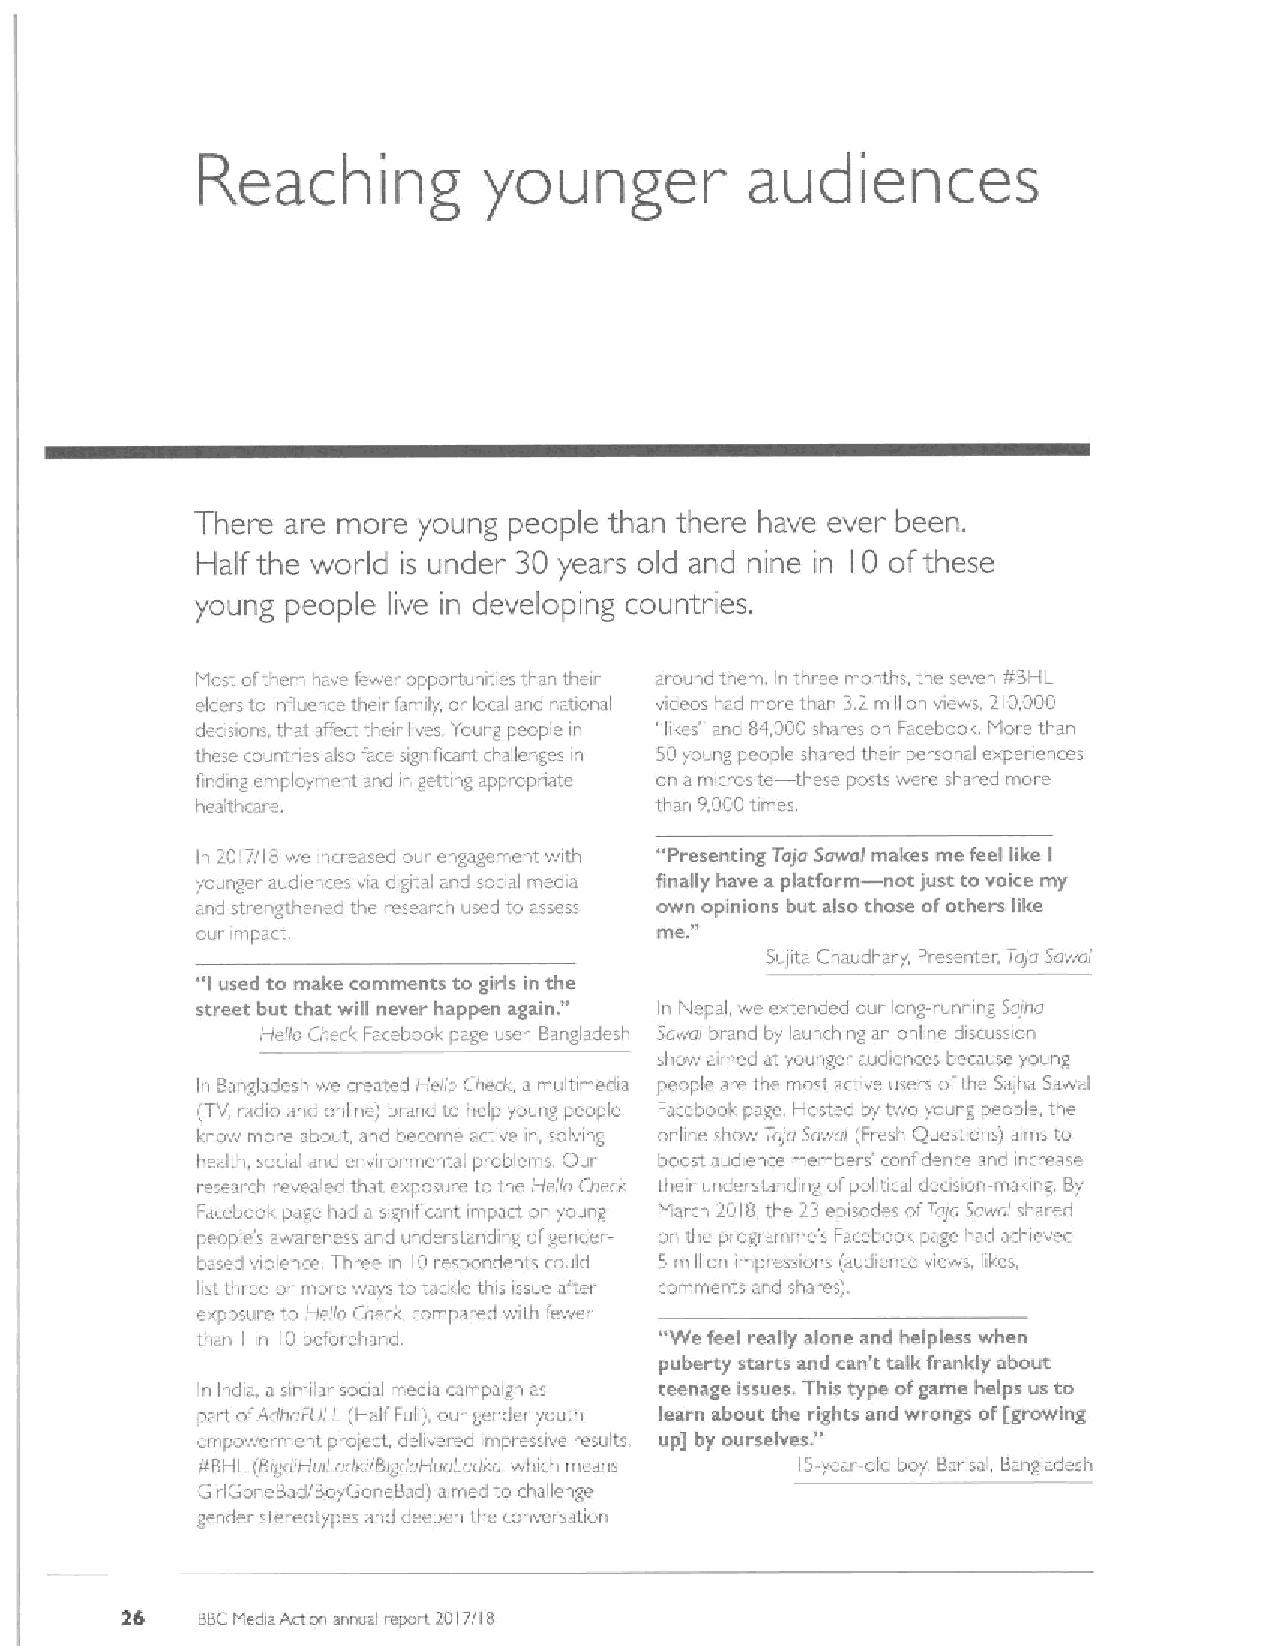
audiences
 Reaching           younger
 There are more young people than there have ever been.
 Half the world is under 30 year s old and nine in 10 ofthese
 young people live in developing countries.
 Host ofthem have fewer opportunities than their around them In three months, the seven ¹BHL
 elders to influence their fancily, ar local and national videos had more than 3.2.million views. 210.000
 deosions that affect their ives young people in "likes' and 84,000 sh~res on Faceboolc tdore than
 these countrtes also face significant challenges in 50young peopl—e shared their personal experiences
 finding employntent and in getting appcopnato on a rnicrosite these posts were shared more
 healthcsre.                   than 9.000times.
 In 2017/IB we increased oui engagement with "Presenting Taja Sawal—makes me feel like I
 younger audier, ces via digital and social media finally have a platform not just to voice my
 and sti englhened the research used to assess own "opinions but, also those ofothers like
 our inipact,                   me.
 Suiita Chaudhary, Presenter, Trpja Sawal
 "I used to make comments to girls in th "e
 street but that will never happen again. In Nepal wc extended our long-running Salha
 Hello Cherk Facebook page user, Bangladesh Sawal brand by launching an online discussion
 show aimed at younger audiences because young
 In Bangladesh we created Herlp Cnerk a multimedia people ai e the most active users ofthe Sal(ta Sawal
 (TV, radio and online) biand to help young people Facebook page Hosted by two young people, the
 know more about, and become actwe in, solving online show Taia Sawal (Fresh Questions) aints to
 health, ocial and enwronmental problems, Our boost audience members' confidence and increase
 re earrh revealed that. exposure lo the Hello Clieck their understanding ofpolitical decision-making, By
 Facebool page had a significant impact on young F4arch 2018 the 23 episodes ofTaja Sawal shared
 people's awareness and understandi g ofgender- on the programme's Facebook page had achieved
 based violence, Thr c in IO respondents could Smillion impressions (audience views. lilacs.
 list three or more ways to tackle this issue after comments and shares),
 exposure to Hello Check compared with fewer
 than I in 10 Leforehana.       "We feel really alone and helpless when
 puberty starts and can't talk frankly about
 In india, a simibr sooal medi~ campaign as teenage issues, This type ofgame helps us to
 pait ofAdhaFL'LL (Half Full), our gender youth learn about the ri "ghts and wrongs of[growing
 empowerment pi oiect, delivered impressive results up] by ourselves.
 ¹BHLIBrgdiHuitail'kilBiga'aHiia(adka, which means IS-year-old boy Barisal Bangladesh
 GirIGoneBad/ISoyGoneBad) aimed to challenge
 gende. stereotypes and deepen the conversation
 26   BBCMediaAction annual report 20I7ll8